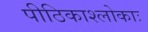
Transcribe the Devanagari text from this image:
पीठिकाश्लोकाः